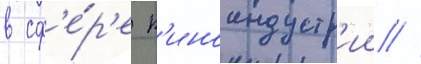
в сф'е́р'е к'иноиндустр'ии //